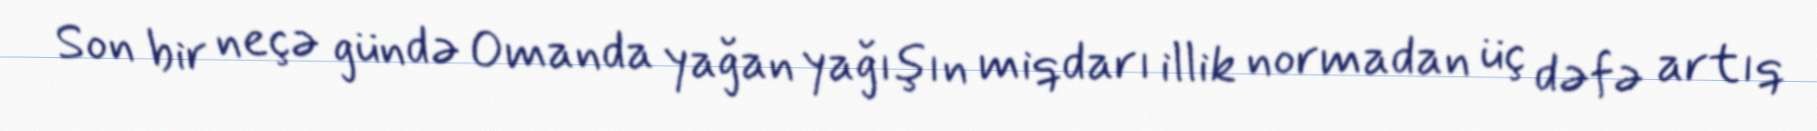
Son bir neçə gündə Omanda yağan yağışın miqdarı illik normadan üç dəfə artıq